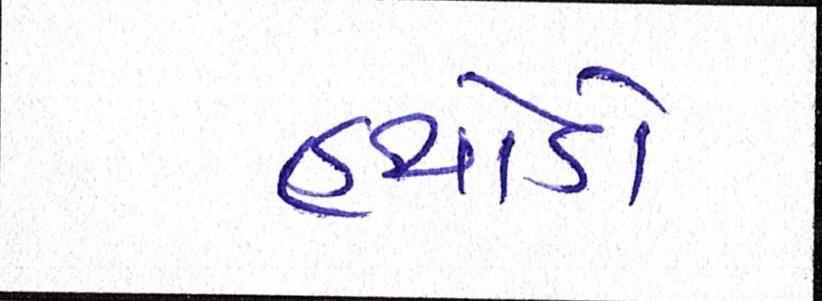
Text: હથોડો